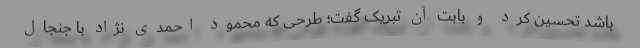
باشد تحسین کرد و بابت آن تبریک گفت؛ طرحی که محمود احمدی نژاد با جنجال